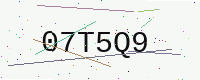
Text: 07T5Q9